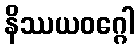
နိဿယဝဂ္ဂေါ